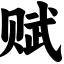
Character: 赋